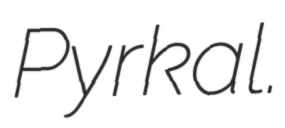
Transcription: Pyrkal.